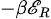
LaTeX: \scriptstyle-\beta\mathscr{E}_{R}